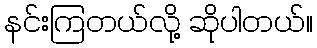
နင်းကြတယ်လို့ ဆိုပါတယ်။